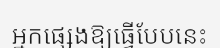
អ្នកផ្សេងឱ្យធ្វើបែបនេះ